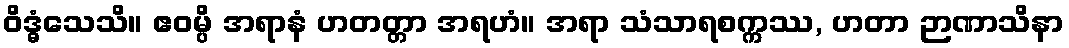
ဝိဒ္ဓံသေသိ။ ဧဝမ္ပိ အရာနံ ဟတတ္တာ အရဟံ။ အရာ သံသာရစက္ကဿ, ဟတာ ဉာဏာသိနာ